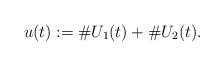
LaTeX: \begin{align*}u(t):=\#U_1(t)+\#U_2(t).\end{align*}